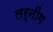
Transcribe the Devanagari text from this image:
लर्नींग